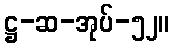
ဋ္ဌ-ဆ-အုပ်-၅၂။